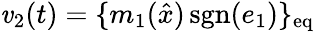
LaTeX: \mathit{v}_{2}(t)=\{ m_{1}({\hat{{x}}})\operatorname{sgn}(e_{1})\} _{\mathrm{{eq}}}